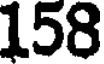
158